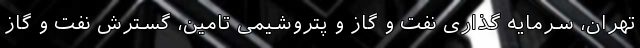
تهران، سرمایه‌ گذاری نفت و گاز و پتروشیمی تامین، گسترش نفت و گاز